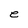
Character: e